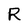
Character: R